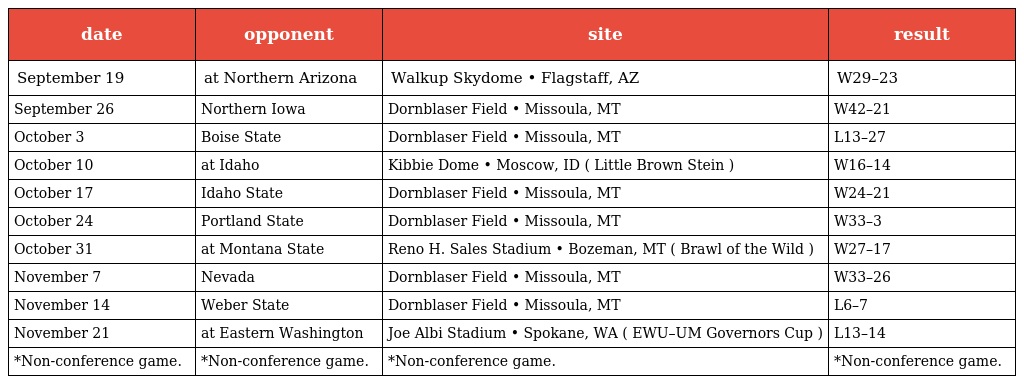
| date | opponent | site | result |
 | --- | --- | --- | --- |
 | September 19 | at Northern Arizona | Walkup Skydome • Flagstaff, AZ | W29–23 |
 | September 26 | Northern Iowa | Dornblaser Field • Missoula, MT | W42–21 |
 | October 3 | Boise State | Dornblaser Field • Missoula, MT | L13–27 |
 | October 10 | at Idaho | Kibbie Dome • Moscow, ID ( Little Brown Stein ) | W16–14 |
 | October 17 | Idaho State | Dornblaser Field • Missoula, MT | W24–21 |
 | October 24 | Portland State | Dornblaser Field • Missoula, MT | W33–3 |
 | October 31 | at Montana State | Reno H. Sales Stadium • Bozeman, MT ( Brawl of the Wild ) | W27–17 |
 | November 7 | Nevada | Dornblaser Field • Missoula, MT | W33–26 |
 | November 14 | Weber State | Dornblaser Field • Missoula, MT | L6–7 |
 | November 21 | at Eastern Washington | Joe Albi Stadium • Spokane, WA ( EWU–UM Governors Cup ) | L13–14 |
 | *Non-conference game. | *Non-conference game. | *Non-conference game. | *Non-conference game. |